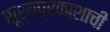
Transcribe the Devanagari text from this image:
सूर्यप्रकाशाची